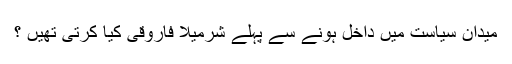
میدان سیاست میں داخل ہونے سے پہلے شرمیلا فاروقی کیا کرتی تھیں ؟